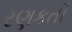
રણકતી